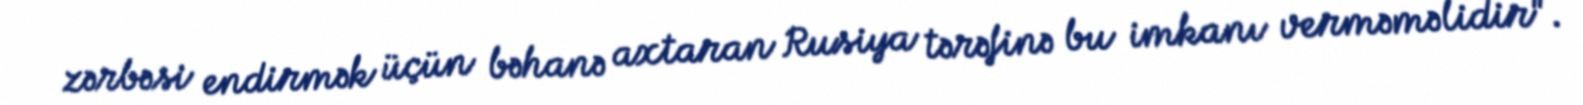
zərbəsi endirmək üçün bəhanə axtaran Rusiya tərəfinə bu imkanı verməməlidir".